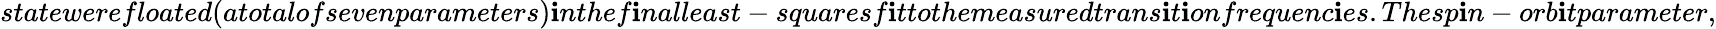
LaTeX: statewerefloated(atotalofsevenparameters)\mathbf{i}nthef\mathbf{i}nalleast-squaresf\mathbf{i}ttothemeasuredtrans\mathbf{i}t\mathbf{i}onfrequenc\mathbf{i}es.Thesp\mathbf{i}n-orb\mathbf{i}tparameter,